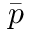
\bar { p }